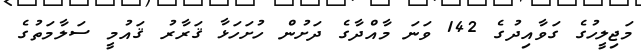
މަޖިލީހުގެ ގަވާއިދުގެ 142 ވަނަ މާއްދާގެ ދަށުން ހުށަހަޅާ ޤަރާރު ޤައުމީ ސަލާމަތުގެ